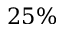
2 5 \%